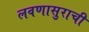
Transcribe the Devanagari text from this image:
लवणासुराची